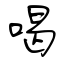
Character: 喝